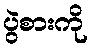
ပွဲစားကို